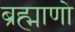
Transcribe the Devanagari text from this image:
ब्रह्माणो